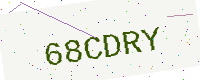
Text: 68CDRY